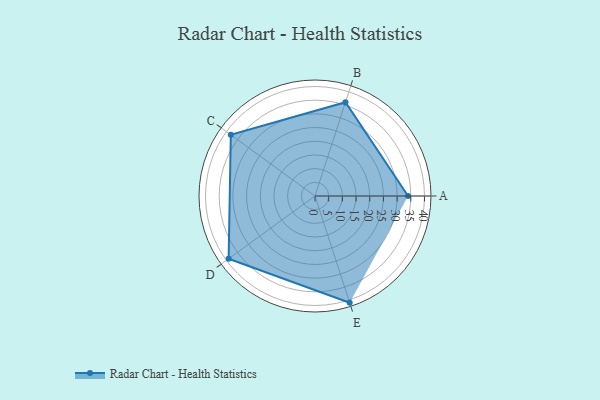
{"axis": {"x": "Skill", "y": "Score"}, "legend": ["Profile"], "data": [{"x": "A", "y": 34.0, "type": "Profile"}, {"x": "B", "y": 36.0, "type": "Profile"}, {"x": "C", "y": 38.0, "type": "Profile"}, {"x": "D", "y": 39.0, "type": "Profile"}, {"x": "E", "y": 41.0, "type": "Profile"}]}